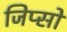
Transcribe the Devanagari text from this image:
जिप्सो